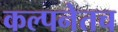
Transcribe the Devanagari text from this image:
कल्पनेतच